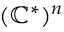
( \mathbb { C } ^ { * } ) ^ { n }